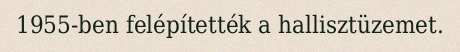
1955-ben felépítették a hallisztüzemet.